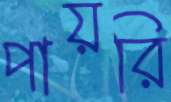
পায়রি